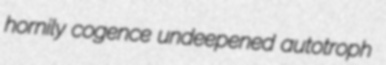
hornily cogence undeepened autotroph